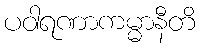
ပဝါရဏာကမ္မာနီတိ